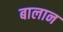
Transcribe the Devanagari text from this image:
बालान